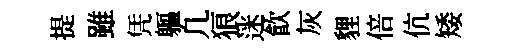
提雖凭軀凢狼迷飲灰貍倍伉矮